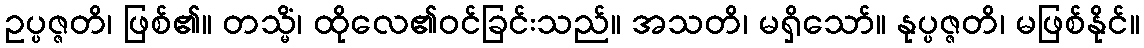
ဥပ္ပဇ္ဇတိ၊ ဖြစ်၏။ တသ္မိံ၊ ထိုလေ၏ဝင်ခြင်းသည်။ အသတိ၊ မရှိသော်။ နုပ္ပဇ္ဇတိ၊ မဖြစ်နိုင်။